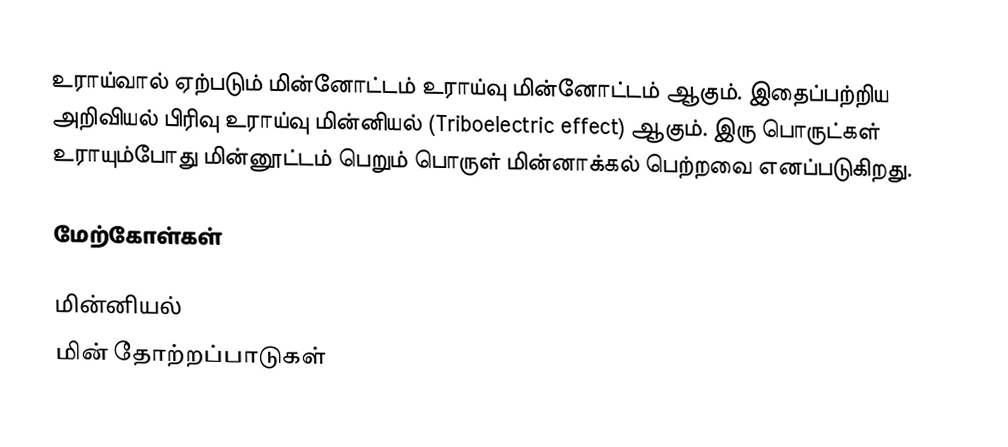
உராய்வால் ஏற்படும் மின்னோட்டம் உராய்வு மின்னோட்டம் ஆகும். இதைப்பற்றிய அறிவியல் பிரிவு உராய்வு மின்னியல் (Triboelectric effect) ஆகும். இரு பொருட்கள் உராயும்போது மின்னூட்டம் பெறும் பொருள் மின்னாக்கல் பெற்றவை எனப்படுகிறது.

மேற்கோள்கள்

மின்னியல்
மின் தோற்றப்பாடுகள்